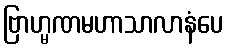
ဗြာဟ္မဏမဟာသာလာနံပေ